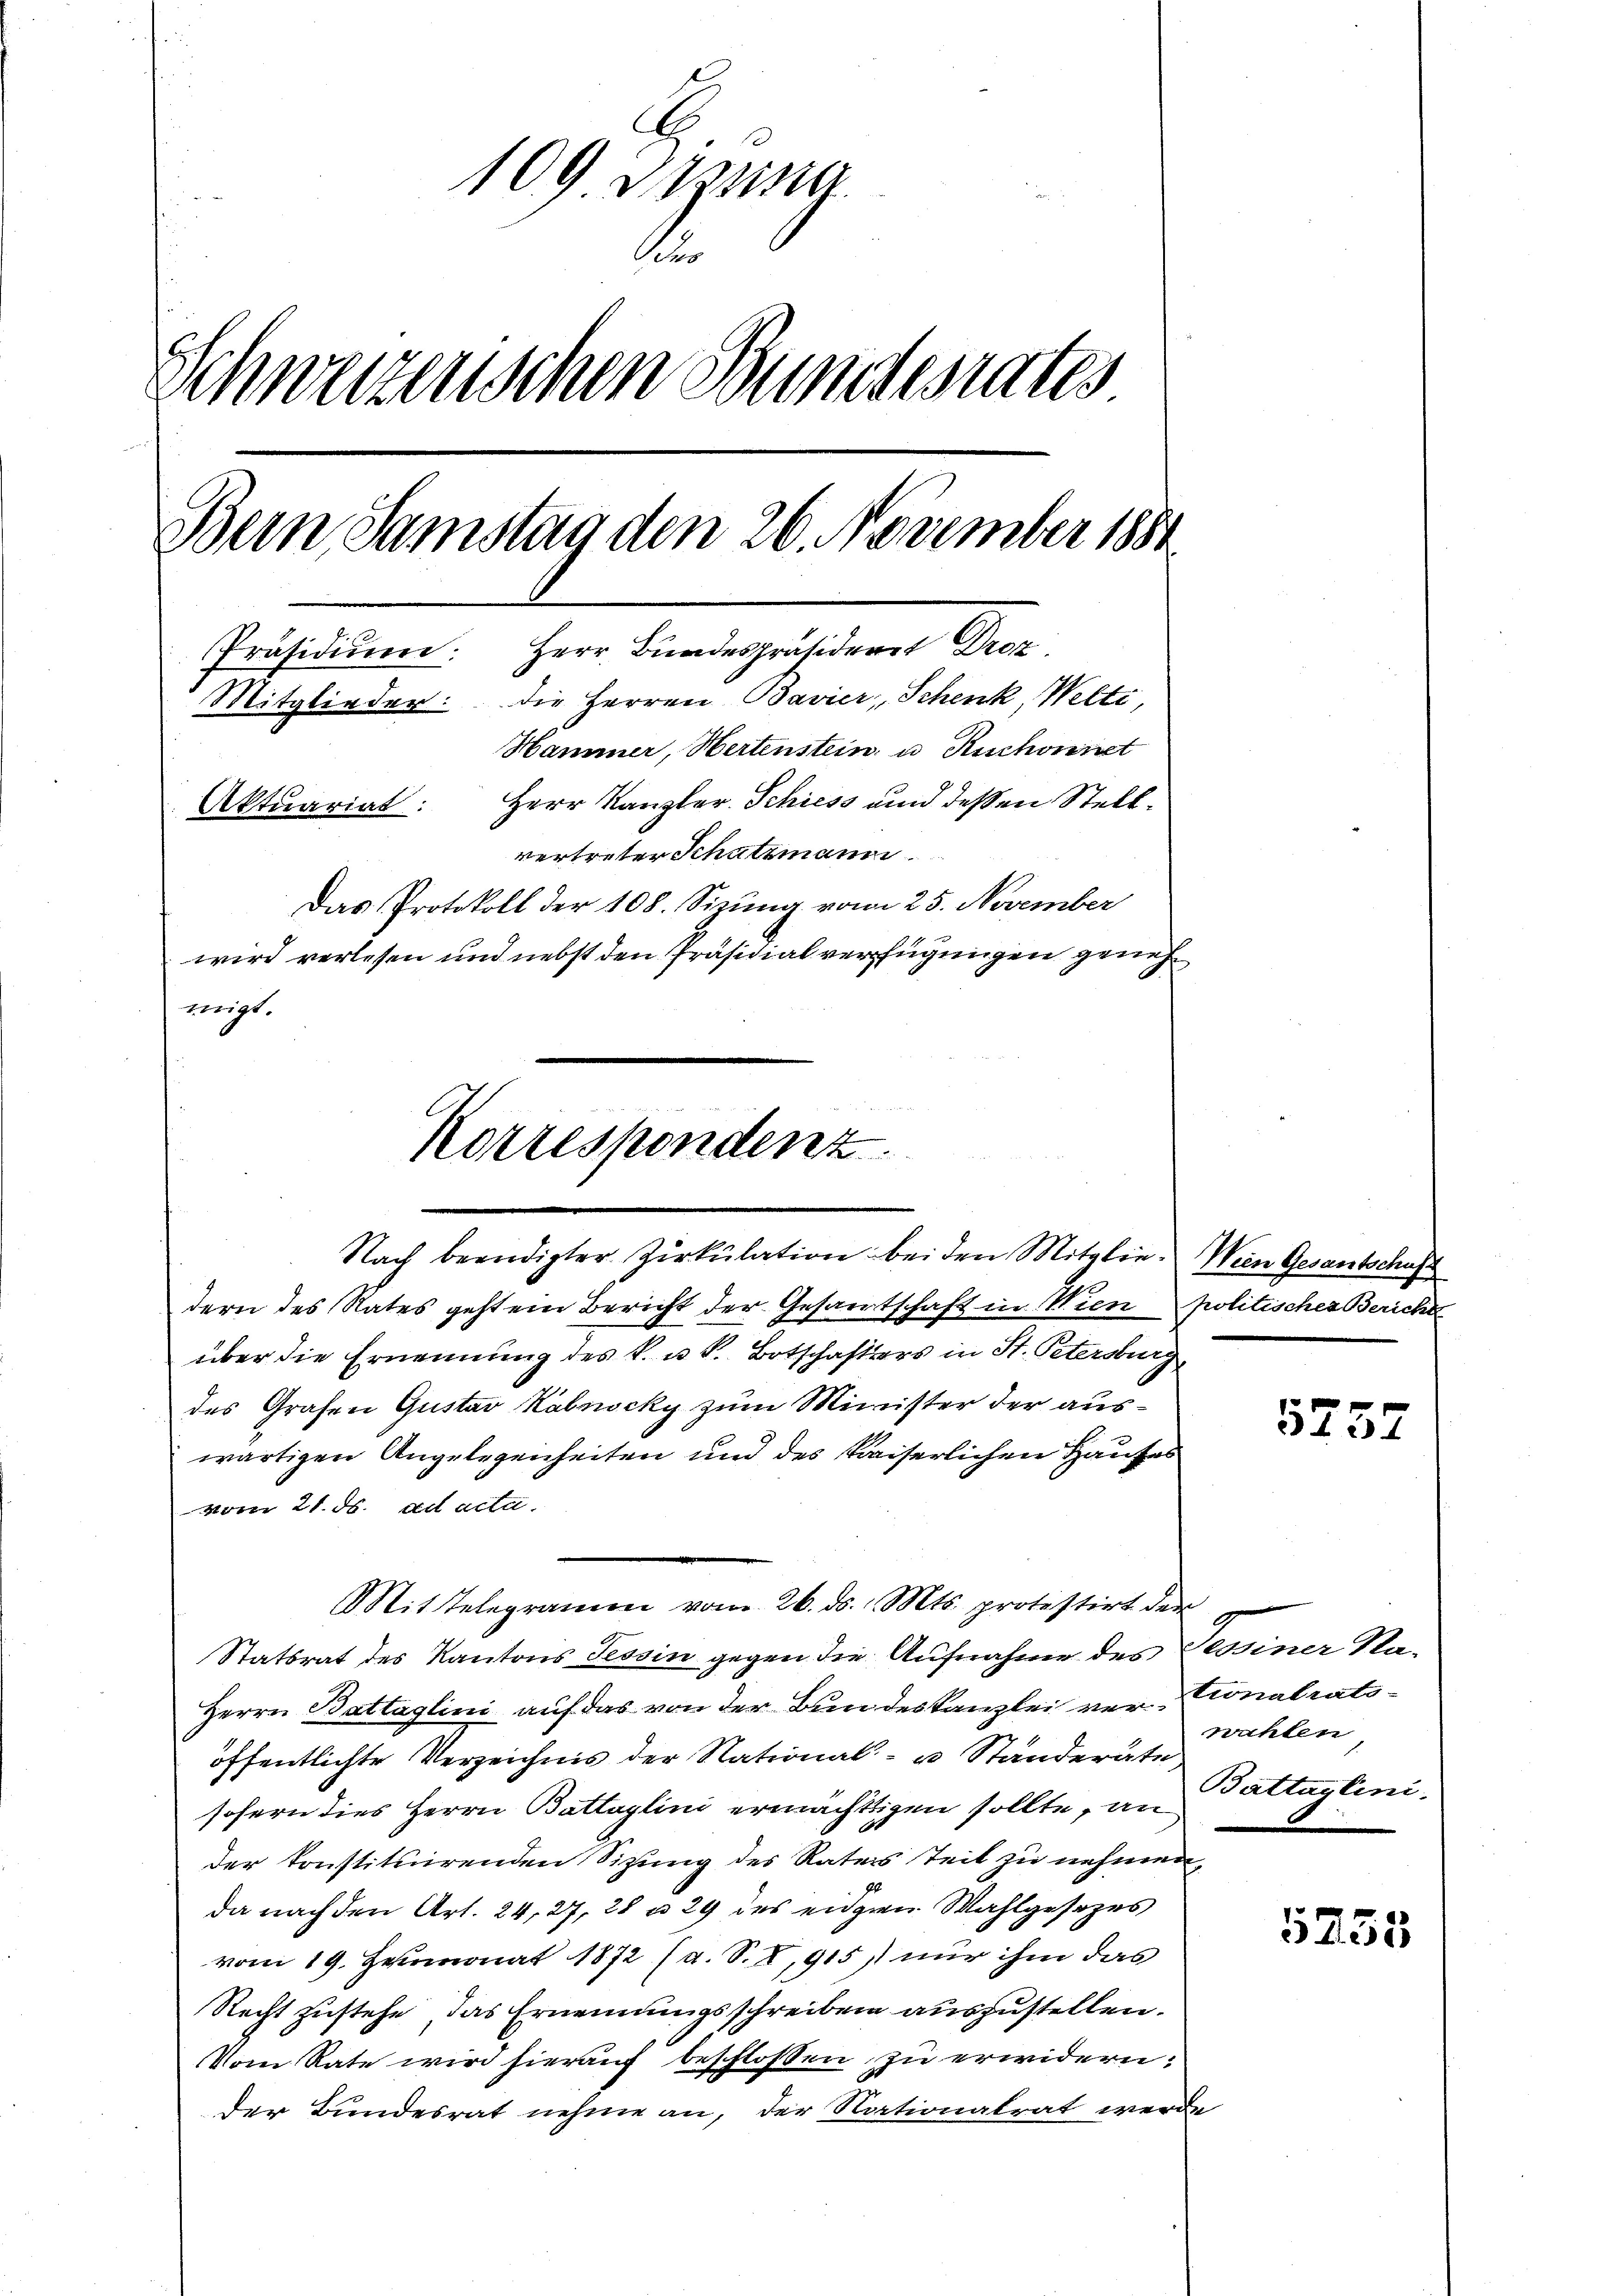
109 den
Schweizerischen Bundesrates
Bern Samstag den 26. November 1881
Herr Bundespräsident Droz
Präsidium:
Mitglieder: die Herren Bavier, Schenk, Welti,
Hammer, Hertenstein, u. Ruchonnet
Herr Kanzler. Schiess und dessen Stell¬
Aktuariat:
vertreter Schatzmann.
Das Protokoll der 108. Sizung vom 25. November
wird verlesen und nebst den Präsidialverfügungen genehmigt.

Korrespondenz
Nach beendigter Zirkŭlation bei den Mitglie- Wien Gesantschaft

dern des Rates geht ein Bericht der Gesamtschaft in Wien politisches Bericht
über die Ernennung des k. u. k. Botschafters in St. Petersburg
des Grafen Gustav Kalnocky zum Minister der auswärtigen Angelegenheiten und des kaiserlichen Hauses
vom 21. ds. ad acta.
Mit Telegramm vom 26. ds. v. Mts. protestirt der
Statsrat des Kantons Tessin gegen die Aufnahme des Tessiner Na¬
Herrn Battaglini auf das von der Bundeskanzlei ver-Cionalratsöffentlichte Verzeichnis der Stational- u Ständerate
sofern dies Herrn Battaglini ermächtigen sollte, an
der konstituirenden Sitzung des Raters Teil zu nehmen,
da nach den Art. 24, 27, 28 n 29 des eidgen. Wahlgesezes
vom 19. Heumonat 1872 (a. S. X,915) nur ihm das
Recht zustehe, das Ernennungsschreiben auszustellen.
Vom Rate wird hierauf beschlossen zu erwidern:
der Bundesrat nehme an, der Nationalrat werde

5732

wichten
Battaylini

5755